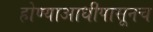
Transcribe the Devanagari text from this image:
होण्याआधीपासूनच